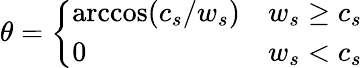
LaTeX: \theta=\left\{ \begin{array}{ll}{\operatorname{arccos}(c_{s}/w_{s})}&{w_{s}\ge c_{s}}\\ {0}&{w_{s}<c_{s}}\end{array}\right.